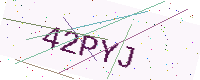
Text: 42PYJ